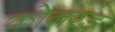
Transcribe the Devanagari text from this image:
कोनरड